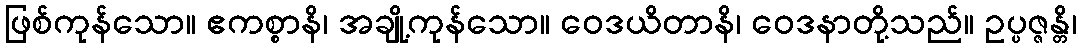
ဖြစ်ကုန်သော။ ဧကစ္စာနိ၊ အချို့ကုန်သော။ ဝေဒယိတာနိ၊ ဝေဒနာတို့သည်။ ဥပ္ပဇ္ဇန္တိ၊